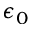
\epsilon _ { 0 }